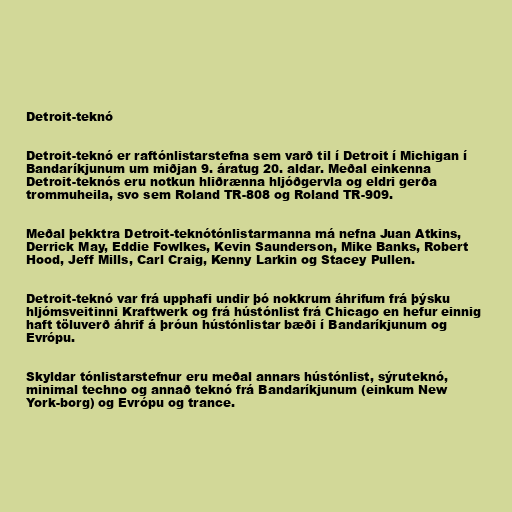
Detroit-teknó

Detroit-teknó er raftónlistarstefna sem varð til í Detroit í Michigan í
Bandaríkjunum um miðjan 9. áratug 20. aldar. Meðal einkenna
Detroit-teknós eru notkun hliðrænna hljóðgervla og eldri gerða
trommuheila, svo sem Roland TR-808 og Roland TR-909.

Meðal þekktra Detroit-teknótónlistarmanna má nefna Juan Atkins,
Derrick May, Eddie Fowlkes, Kevin Saunderson, Mike Banks, Robert
Hood, Jeff Mills, Carl Craig, Kenny Larkin og Stacey Pullen.

Detroit-teknó var frá upphafi undir þó nokkrum áhrifum frá þýsku
hljómsveitinni Kraftwerk og frá hústónlist frá Chicago en hefur einnig
haft töluverð áhrif á þróun hústónlistar bæði í Bandaríkjunum og
Evrópu.

Skyldar tónlistarstefnur eru meðal annars hústónlist, sýruteknó,
minimal techno og annað teknó frá Bandaríkjunum (einkum New
York-borg) og Evrópu og trance.